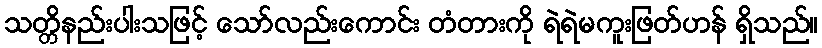
သတ္တိနည်းပါးသဖြင့် သော်လည်းကောင်း တံတားကို ရဲရဲမကူးဖြတ်ဟန် ရှိသည်။